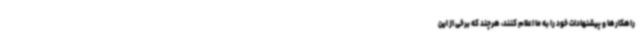
راهکارها و پیشنهادات خود را به ما اعلام کنند، هرچند که برخی از این